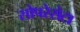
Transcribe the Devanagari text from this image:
सोपरेसेटा